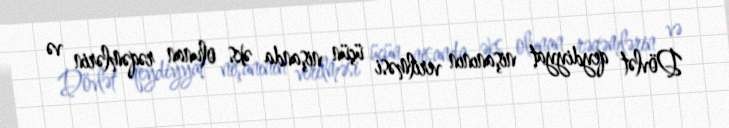
Dövlət qeydiyyat nişanının verilməsi üçün nişanda əks olunan rəqəmlərin və